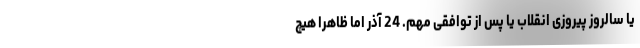
یا سالروز پیروزی انقلاب یا پس از توافقی مهم. 24 آذر اما ظاهراً هیچ